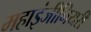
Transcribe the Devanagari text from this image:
महाइंजीनियरी